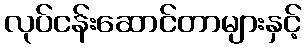
လုပ်ငန်းဆောင်တာများနှင့်